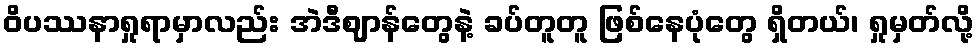
ဝိပဿနာရှုရာမှာလည်း အဲဒီဈာန်တွေနဲ့ ခပ်တူတူ ဖြစ်နေပုံတွေ ရှိတယ်၊ ရှုမှတ်လို့